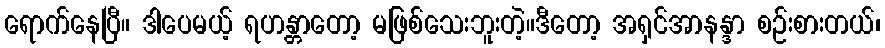
ရောက်နေပြီ။ ဒါပေမယ့် ရဟန္တာတော့ မဖြစ်သေးဘူးတဲ့။ဒီတော့ အရှင်အာနန္ဒာ စဉ်းစားတယ်၊